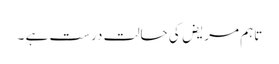
تاہم مریض کی حالت درست ہے ۔